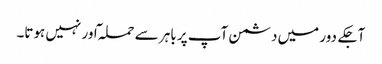
آجکے دور میں دشمن آپ پر باہر سے حملہ ٓاور نہیں ہوتا۔